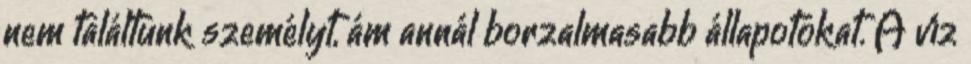
nem találtunk személyt, ám annál borzalmasabb állapotokat. A víz